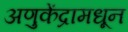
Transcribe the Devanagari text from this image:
अणुकेंद्रामधून